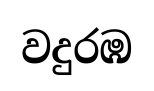
වදුරඹ